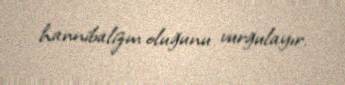
hannibalizm oluğunu vurğulayır.